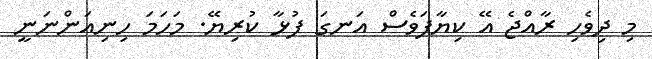
މި ދިވެހި ރާއްޖެ އޭ ކިޔާފަވެސް އަނގަ ފުޅާ ކުރިޔޭ. މަހަމަ ހިނިއަންނަނީ